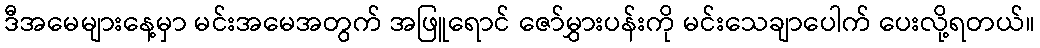
ဒီအမေများနေ့မှာ မင်းအမေအတွက် အဖြူရောင် ဇော်မွှားပန်းကို မင်းသေချာပေါက် ပေးလို့ရတယ်။